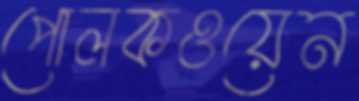
পোলকওয়েন